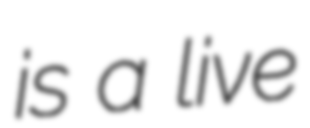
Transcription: is a live